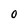
Character: O